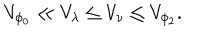
V _ { \phi _ { 0 } } \ll V _ { \lambda } \leq V _ { \nu } \leq V _ { \phi _ { 2 } } .